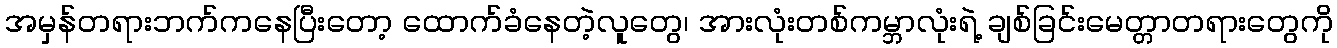
အမှန်တရားဘက်ကနေပြီးတော့ ထောက်ခံနေတဲ့လူတွေ၊ အားလုံးတစ်ကမ္ဘာလုံးရဲ့ ချစ်ခြင်းမေတ္တာတရားတွေကို